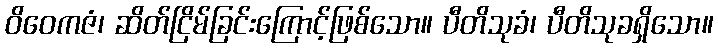
ဝိဝေကဇံ၊ ဆိတ်ငြိမ်ခြင်းကြောင့်ဖြစ်သော။ ပီတိသုခံ၊ ပီတိသုခရှိသော။